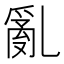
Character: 亂